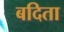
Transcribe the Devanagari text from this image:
बदिता